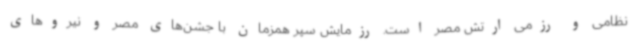
نظامی و رزمی ارتش مصر است. رزمایش سپر همزمان با جشن‌های مصر و نیروهای